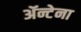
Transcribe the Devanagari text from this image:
ॲन्टेना